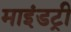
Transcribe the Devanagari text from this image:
माइंडट्री